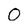
Character: 0